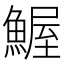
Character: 𲌼